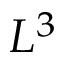
L ^ { 3 }